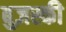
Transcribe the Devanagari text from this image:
बुज़स्की